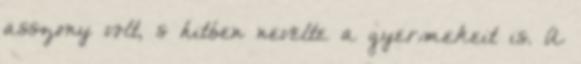
asszony volt, s hitben nevelte a gyermekeit is. A